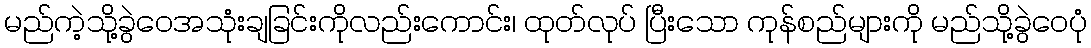
မည်ကဲ့သို့ခွဲဝေအသုံးချခြင်းကိုလည်းကောင်း၊ ထုတ်လုပ် ပြီးသော ကုန်စည်များကို မည်သို့ခွဲဝေပုံ